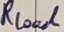
Text: RLoul